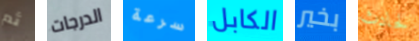
ثم الدرجات سرعة الكابل بخير لحادث